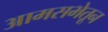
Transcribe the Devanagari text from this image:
आमसभेतून